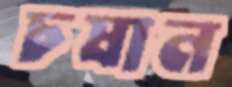
চষান